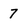
Character: 7